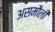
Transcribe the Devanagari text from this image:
असमौली